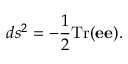
d s ^ { 2 } = - { \frac { 1 } { 2 } } \mathrm { T r } ( { \bf e } { \bf e } ) .